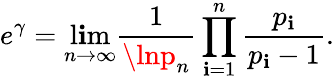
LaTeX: e^{\gamma}=\operatorname*{l\mathbf{i}m}_{n\to\infty}{\frac{{1}}{{\lnp_{n}}}}\prod_{\mathbf{i}=1}^{n}{\frac{{p_{\mathbf{i}}}}{{p_{\mathbf{i}}-1}}}.